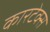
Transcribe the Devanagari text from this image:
कारटेक्स